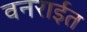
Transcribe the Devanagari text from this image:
वनरार्इत